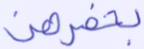
بخمرهن